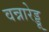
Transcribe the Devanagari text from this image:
वन्नारेड्डू